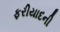
ફરીયાદની